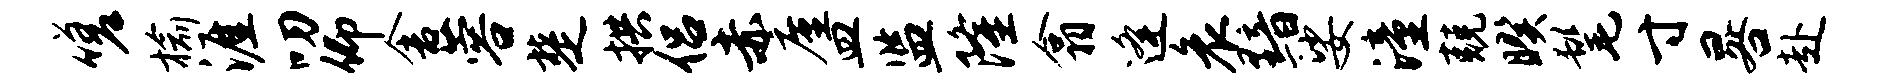
嗟榆涯叨仰舍蓉楚拱侣赤廑皿监隆翕逄哀黯娑潼兢暌髦寸晷赴